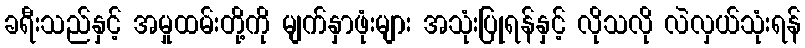
ခရီးသည်နှင့် အမှုထမ်းတို့ကို မျက်နှာဖုံးများ အသုံးပြုရန်နှင့် လိုသလို လဲလှယ်သုံးရန်